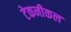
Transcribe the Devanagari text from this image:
टेकनीकल